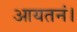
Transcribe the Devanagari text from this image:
आयतनं।